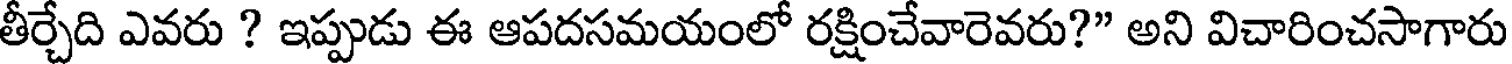
తీర్చేది ఎవరు ? ఇప్పుడు ఈ ఆపదసమయంలో రక్షించేవారెవరు?" అని విచారించసాగారు